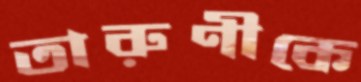
তারুণীকে